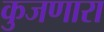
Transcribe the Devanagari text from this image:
कुजणारा